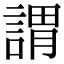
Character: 謂